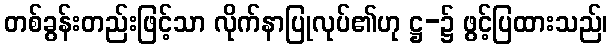
တစ်ခွန်းတည်းဖြင့်သာ လိုက်နာပြုလုပ်၏ဟု ဋ္ဌ-၌ ဖွင့်ပြထားသည်၊